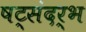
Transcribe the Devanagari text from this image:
षट्संदर्भ